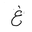
Letter: _gayn